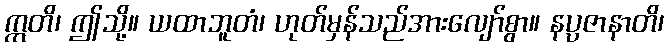
ဣတိ၊ ဤသို့။ ယထာဘူတံ၊ ဟုတ်မှန်သည်အားလျော်စွာ။ နပ္ပဇာနာတိ၊